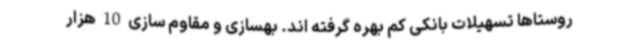
روستاها تسهیلات بانکی کم بهره گرفته اند. بهسازی و مقاوم سازی 10 هزار